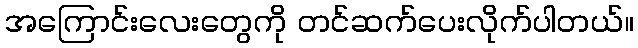
အကြောင်းလေးတွေကို တင်ဆက်ပေးလိုက်ပါတယ်။